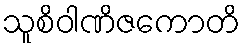
သူစိဝါဏိဇကောတိ